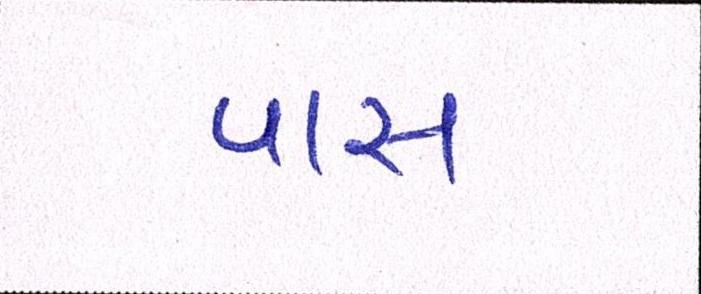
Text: પાસ